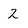
Character: 2